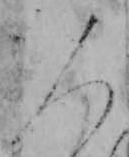
人